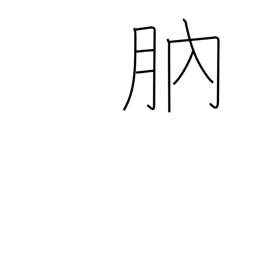
Meaning: new moon